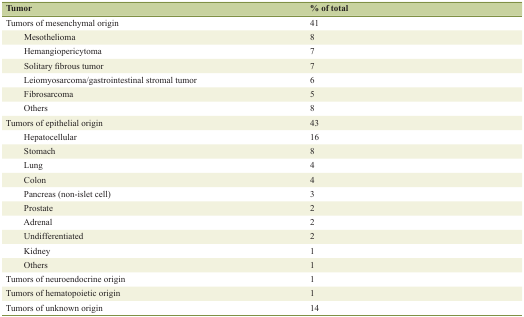
<table><thead><tr><td><b>Tumor</b></td><td><b>% of total</b></td></tr></thead><tbody><tr><td>Tumors of mesenchymal origin</td><td>41</td></tr><tr><td>Mesothelioma</td><td>8</td></tr><tr><td>Hemangiopericytoma</td><td>7</td></tr><tr><td>Solitary fibrous tumor</td><td>7</td></tr><tr><td>Leiomyosarcoma/gastrointestinal stromal tumor</td><td>6</td></tr><tr><td>Fibrosarcoma</td><td>5</td></tr><tr><td>Others</td><td>8</td></tr><tr><td>Tumors of epithelial origin</td><td>43</td></tr><tr><td>Hepatocellular</td><td>16</td></tr><tr><td>Stomach</td><td>8</td></tr><tr><td>Lung</td><td>4</td></tr><tr><td>Colon</td><td>4</td></tr><tr><td>Pancreas (non-islet cell)</td><td>3</td></tr><tr><td>Prostate</td><td>2</td></tr><tr><td>Adrenal</td><td>2</td></tr><tr><td>Undifferentiated</td><td>2</td></tr><tr><td>Kidney</td><td>1</td></tr><tr><td>Others</td><td>1</td></tr><tr><td>Tumors of neuroendocrine origin</td><td>1</td></tr><tr><td>Tumors of hematopoietic origin</td><td>1</td></tr><tr><td>Tumors of unknown origin</td><td>14</td></tr></tbody></table>